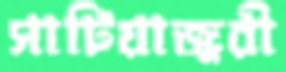
সাটিয়াজুরী